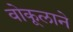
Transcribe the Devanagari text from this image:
वोकूलाने